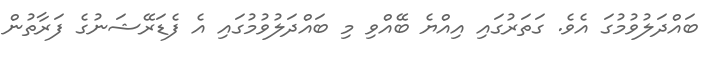
ބައްދަލުވުމުގަ އެވެ. ގަތަރުގައި އިއްޔެ ބޭއްވި މި ބައްދަލުވުމުގައި އެ ފެޑަރޭޝަނުގެ ފަރާތުން